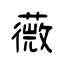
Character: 薇